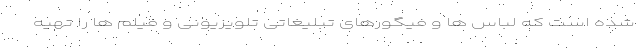
شده است که لباس ها و فیگورهای تبلیغاتی تلویزیونی و فیلم ها را تهیه